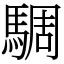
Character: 騆